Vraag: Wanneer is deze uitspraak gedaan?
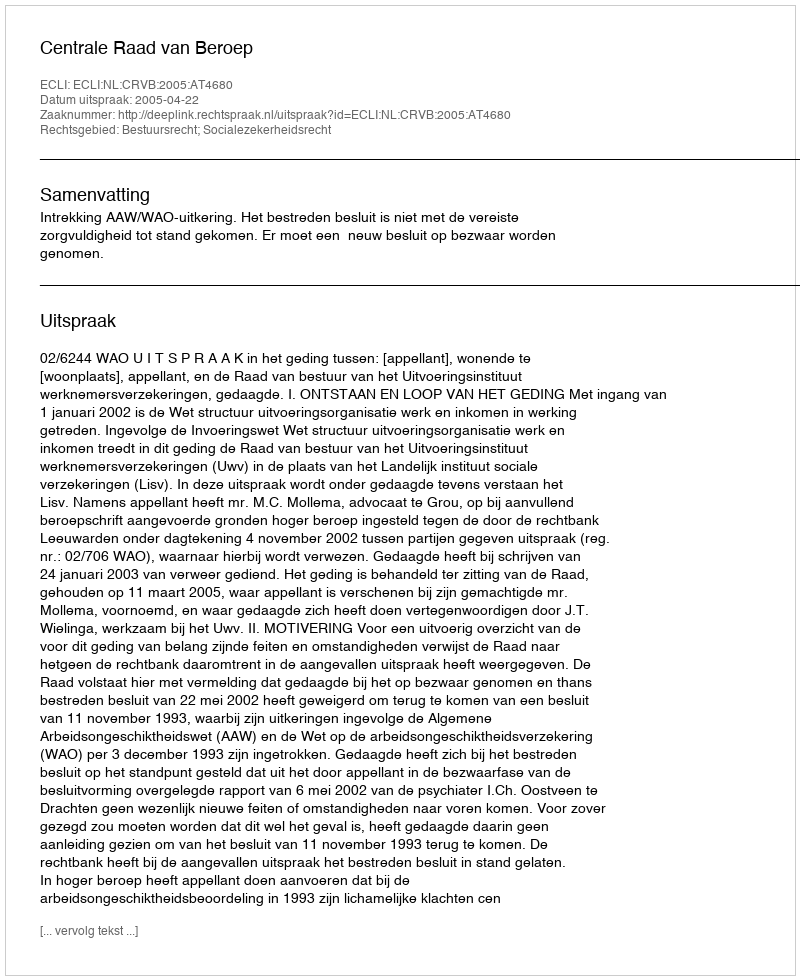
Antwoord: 2005-04-22